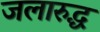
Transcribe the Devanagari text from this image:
जलारुद्ध